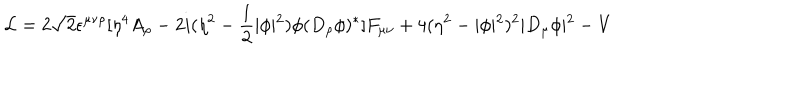
LaTeX: { \cal L } = 2 \sqrt { 2 } \epsilon ^ { \mu \nu \rho } [ \eta ^ { 4 } A _ { \rho } - 2 i ( \eta ^ { 2 } - \frac { 1 } { 2 } \vert \phi \vert ^ { 2 } ) \phi ( D _ { \rho } \phi ) ^ { * } ] F _ { \mu \nu } + 4 ( \eta ^ { 2 } - \vert \phi \vert ^ { 2 } ) ^ { 2 } \vert D _ { \mu } \phi \vert ^ { 2 } - V